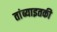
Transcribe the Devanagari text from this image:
तांब्याइतकी